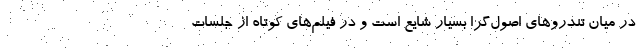
در میان تندروهای اصول‌گرا بسیار شایع است و در فیلم‌های کوتاه از جلسات